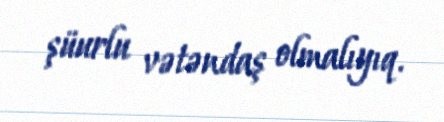
şüurlu vətəndaş olmalıyıq.